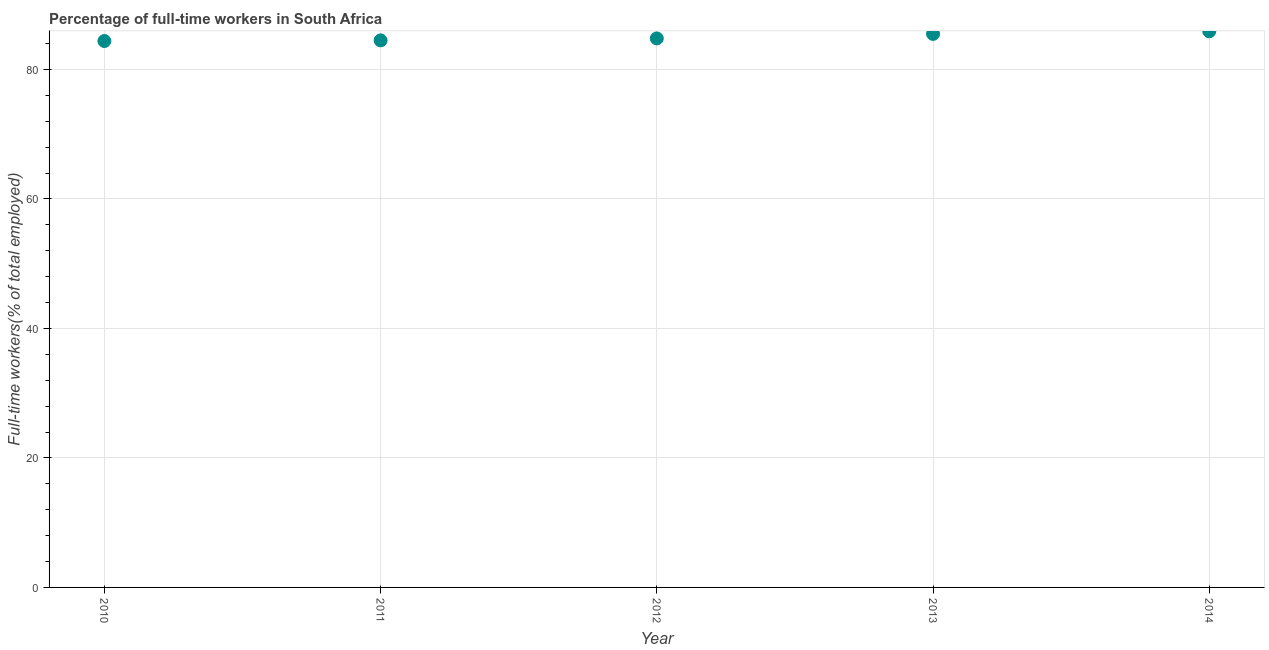
| Year | Wage and salaried workers |
 | --- | --- |
 | 2010 | 84.4 |
 | 2011 | 84.5 |
 | 2012 | 84.8 |
 | 2013 | 85.5 |
 | 2014 | 85.9 |